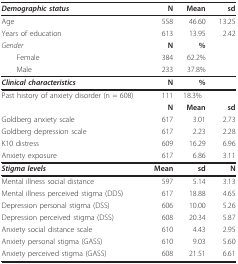
<table><thead><tr><td><b><i>Demographic status</i></b></td><td><b>N</b></td><td><b>Mean</b></td><td><b>sd</b></td></tr></thead><tbody><tr><td>Age</td><td>558</td><td>46.60</td><td>13.25</td></tr><tr><td>Years of education</td><td>613</td><td>13.95</td><td>2.42</td></tr><tr><td><i>Gender</i></td><td><b>N</b></td><td><b>%</b></td><td></td></tr><tr><td> Female</td><td>384</td><td>62.2%</td><td></td></tr><tr><td> Male</td><td>233</td><td>37.8%</td><td></td></tr><tr><td><b><i>Clinical characteristics</i></b></td><td><b>N</b></td><td><b>%</b></td><td></td></tr><tr><td>Past history of anxiety disorder (n = 608)</td><td>111</td><td>18.3%</td><td></td></tr><tr><td></td><td><b>N</b></td><td><b>Mean</b></td><td><b>sd</b></td></tr><tr><td>Goldberg anxiety scale</td><td>617</td><td>3.01</td><td>2.73</td></tr><tr><td>Goldberg depression scale</td><td>617</td><td>2.23</td><td>2.28</td></tr><tr><td>K10 distress</td><td>609</td><td>16.29</td><td>6.96</td></tr><tr><td>Anxiety exposure</td><td>617</td><td>6.86</td><td>3.11</td></tr><tr><td><b><i>Stigma levels</i></b></td><td><b>Mean</b></td><td><b>sd</b></td><td><b>N</b></td></tr><tr><td>Mental illness social distance</td><td>597</td><td>5.14</td><td>3.13</td></tr><tr><td>Mental illness perceived stigma (DDS)</td><td>617</td><td>18.88</td><td>4.65</td></tr><tr><td>Depression personal stigma (DSS)</td><td>606</td><td>10.00</td><td>5.26</td></tr><tr><td>Depression perceived stigma (DSS)</td><td>608</td><td>20.34</td><td>5.87</td></tr><tr><td>Anxiety social distance scale</td><td>610</td><td>4.43</td><td>2.95</td></tr><tr><td>Anxiety personal stigma (GASS)</td><td>610</td><td>9.03</td><td>5.60</td></tr><tr><td>Anxiety perceived stigma (GASS)</td><td>608</td><td>21.51</td><td>6.61</td></tr></tbody></table>